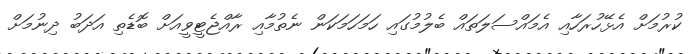
ކުރުމަށް އެޅޭހުރަހާއި އެމައްސަލަތައް ބެލުމުގައި ހަމަހަމަކަން ނެތުމާއި ރާއްޖެޓީވީއަށް ބޮޑެތި އަދަބު ދިނުމަށް